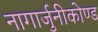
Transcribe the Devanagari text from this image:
नागार्जुनीकोण्ड